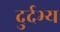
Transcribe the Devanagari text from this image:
दुर्दभ्य